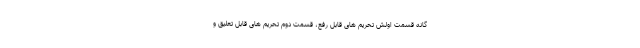
گانه قسمت اولش تحریم های قابل رفع، قسمت دوم تحریم های قابل تعلیق و